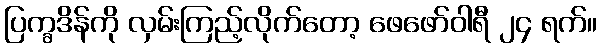
ပြက္ခဒိန်ကို လှမ်းကြည့်လိုက်တော့ ဖေဖော်ဝါရီ ၂၄ ရက်။